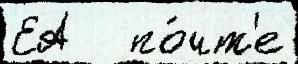
ЕА   по́чт'е